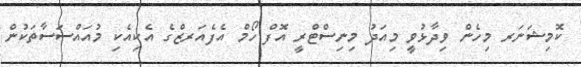
ކޮމިޝަނަރ މިހެން ވިދާޅުވީ މިއަދު މިނިސްޓްރީ އޮފް ހޯމް އެފެއަރޒްގެ އެކިއެކި މުއައްސަސާތަކުން